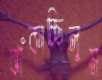
ঝাঁকাচ্ছিলুম